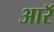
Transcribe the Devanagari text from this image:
आरॅ